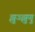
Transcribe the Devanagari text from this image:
झुञ्झुणु